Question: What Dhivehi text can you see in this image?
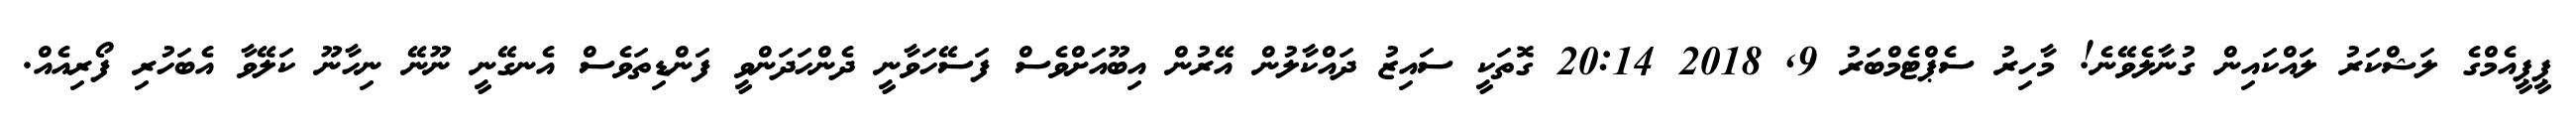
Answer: ޕީޕީއެމްގެ ލަޝްކަރު ލައްކައިން ގުނާލެވޭނެ! މާހިރު ސެޕްޓެމްބަރު 9, 2018 20:14 ގޮތަކީ ސައިޒު ދައްކާލުން އޭރުން އިބޫއަށްވެސް ފަސޭހަވާނީ ދެންހަދަންވީ ފަންޑިތަވެސް އެނގޭނީ ނޫނޭ ނިހާނޫ ކަލޭވާ އެބަހުރި ފޯރިއެއް.